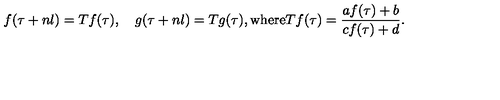
f ( \tau + n l ) = T f ( \tau ) , \quad g ( \tau + n l ) = T g ( \tau ) , \mathrm { w h e r e } T f ( \tau ) = \frac { a f ( \tau ) + b } { c f ( \tau ) + d } .